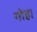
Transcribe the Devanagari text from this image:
गोह।